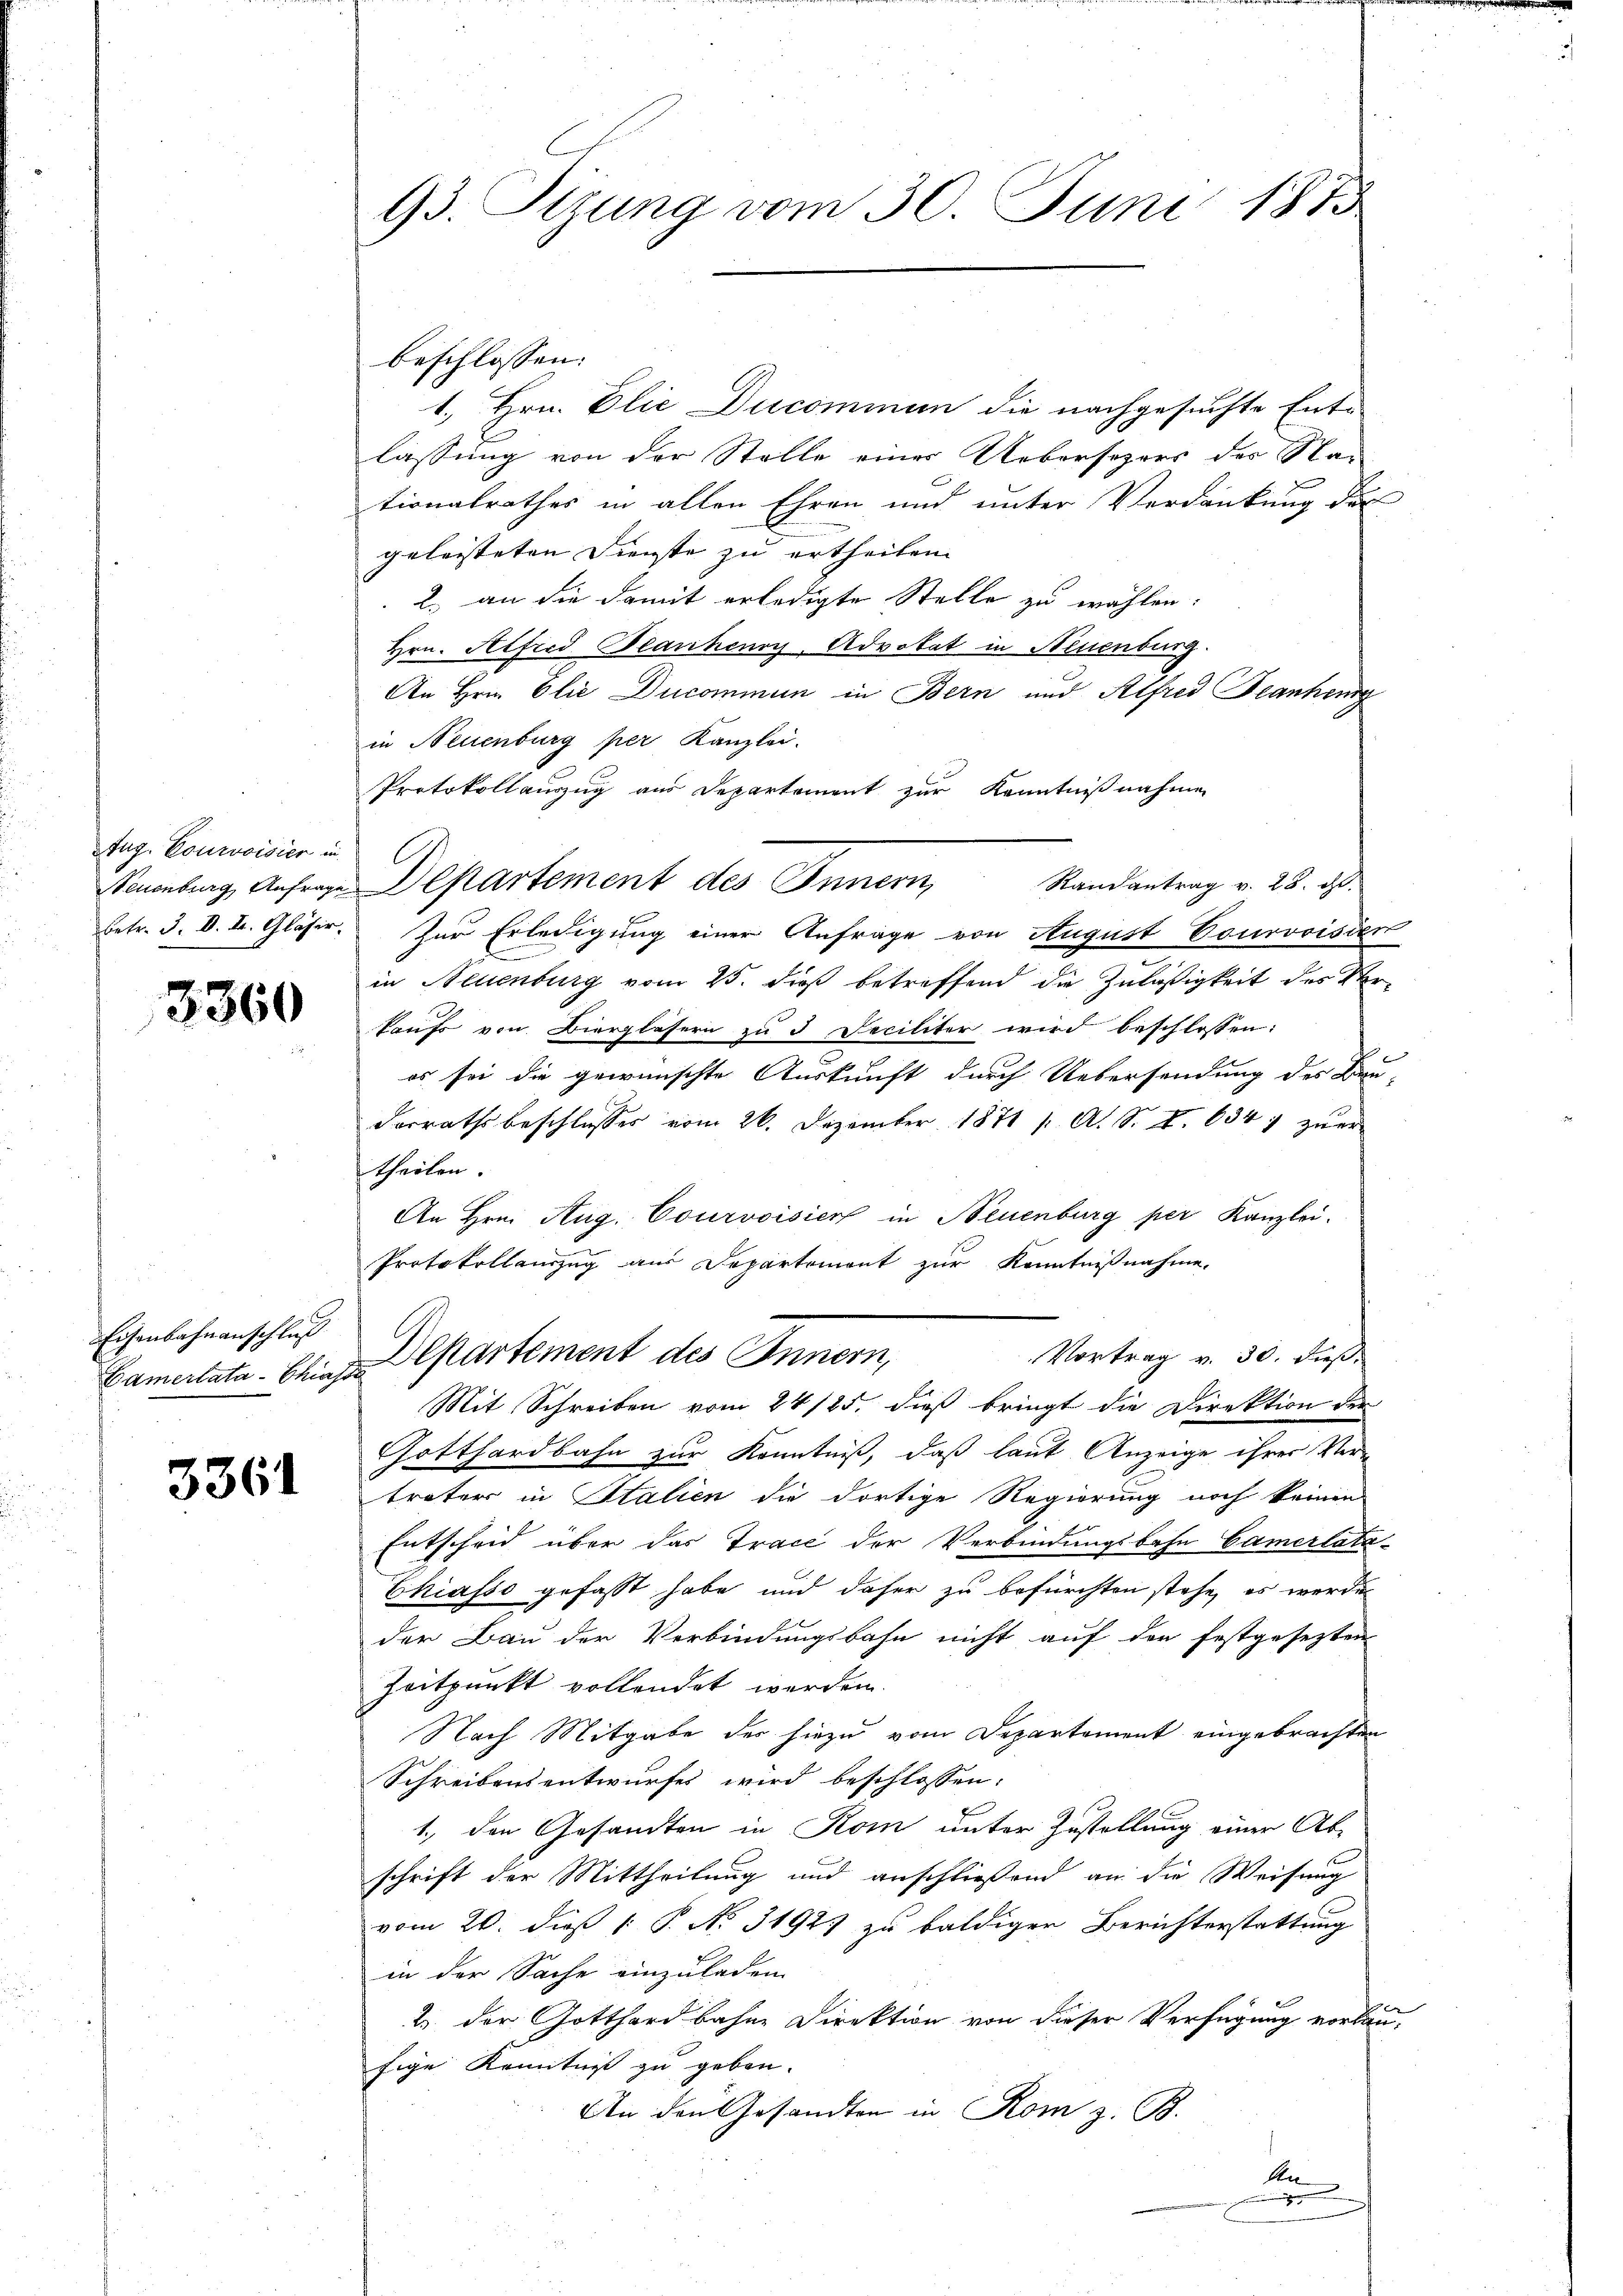
Aug. Courvoisier in
betr. d. d. M. Gläser,

3360

Eisenbahnanschluß

3361

93. Sizung vom 30. Juni 1873

beschlossen:
1. Hrn. Elie Ducominum die nachgesuchte Entlassung von der Stelle einer Uebersezers der Sta-
tionalrathes in allen Ehren und unter Verdankung der
geleisteten Dienste zu ertheilen.
2. an die damit erledigte Stelle zu wählen:
Hrn. Alfred Blankenry Advokat in Neuenburg.
An Hrn. Elie Ducommun in Bern und Alfred anheng
in Neuenburg per Kanzlei.
Protokollauszug aus Departement zur Kenntnißnahmen
Randantrag v. 25. ist.
Neuenburg, Anfrage Departement des Innern,
Zur Erledigung einer Anfrage von August Courvoisien
in Neuenburg vom 25. dieß betreffend die Zuläßigkeit des Verkaufs von Biergläsern zu 3 Deciliter wird beschlossen:
e
es sei die gewünschte Auskunft durch Uebersendung des Bau-
dorrathsbeschlusses vom 26. Dezember 1871 p. A. S. I. 634 1 zuer
theilen.
An Hrn. Aug. Courvoisiert in Neuenburg per Kanzlei.
Protokollenzug aus Departement zur Kenntnißnahme.
Vortrag v. 30. dieß,
Bamcitata. Bei Departement des Innern,
Mit Schreiben vom 24/25. dieß bringt die Direktion der
Gotthardbahn zur Kenntniß, daß laut Anzeige ihrer Vertrater in Stalien die dortige Regierung noch keinen
Entscheid über das Trace der Verbindungsbahn Camerlata-
Chiasso gefasst habe und daher zu befürchten stehe, es werde
der Bau der Verbindungsbahn nicht auf der festgesezten
Zeitpunkt vollendet werden
Nach Mitgabe der hiezu vom Departement eingebrachten
Schreibensentwurfes wird beschlossen:
1., den Gesandten in Kom unter Zustellung einer Ab-
schrift der Mittheilung und anschließend an die Weisung
vom 20. dieß [ P. No. 3192) zu baldiger Berichterstattung
in der Sache einzuladen.
2. der Gotthardbahne Direktion von dieser Verfügung vorbau-
fige Kenntniß zu geben.
An den Gesandten in Rom z. B.

s

An